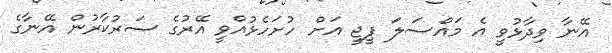
އޭނާ ވިދާޅުވީ އެ މައްސަލަ ޕީޖީ އަށް ހުށަހެޅުއްވީ އޭރުގެ ސަރުކާރުން އޭނާގެ